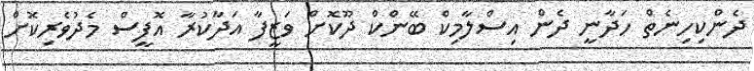
ދެންކިހިނެތް ހަދާނީ ދެން އިސްލާމިކް ބޭންކް ދޫކޮށް ވަޒީފާ އަދާކުރާ އޮފީސް މެދުވެރިކޮށް